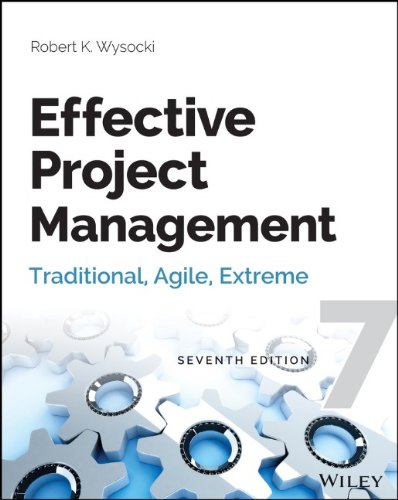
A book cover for Effective Project Management: Traditional, Agile, Extreme; Robert K. Wysocki; Business & Money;